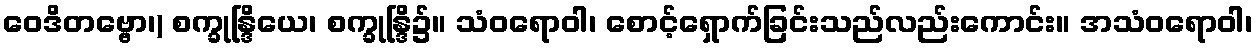
ဝေဒိတဗ္ဗော၊) စက္ခုန္ဒြိယေ၊ စက္ခုန္ဒြိ၌။ သံဝရောဝါ၊ စောင့်ရှောက်ခြင်းသည်လည်းကောင်း။ အသံဝရောဝါ၊